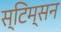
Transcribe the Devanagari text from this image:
स्टिम्सन